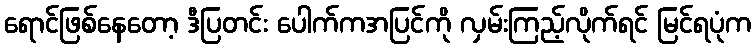
ရောင်ဖြစ်နေတော့ ဒီပြတင်း ပေါက်ကအပြင်ကို လှမ်းကြည့်လိုက်ရင် မြင်ရပုံက